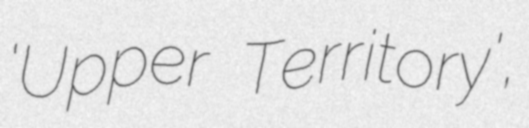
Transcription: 'Upper Territory',